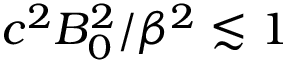
c ^ { 2 } B _ { 0 } ^ { 2 } / \beta ^ { 2 } \lesssim 1